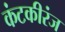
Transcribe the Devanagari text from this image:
कंटकीरंज